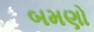
બમણો